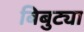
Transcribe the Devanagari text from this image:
बिबुट्या